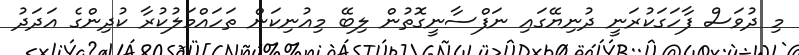
މި ދުވަސް ފާހަގަކުރަނީ ދުނިޔޭގައި ނަފްސާނީގޮތުން ލިބޭ މިއުނިކަން ތަހައްމަލުކުރާ ކުދިންގެ އަދަދު